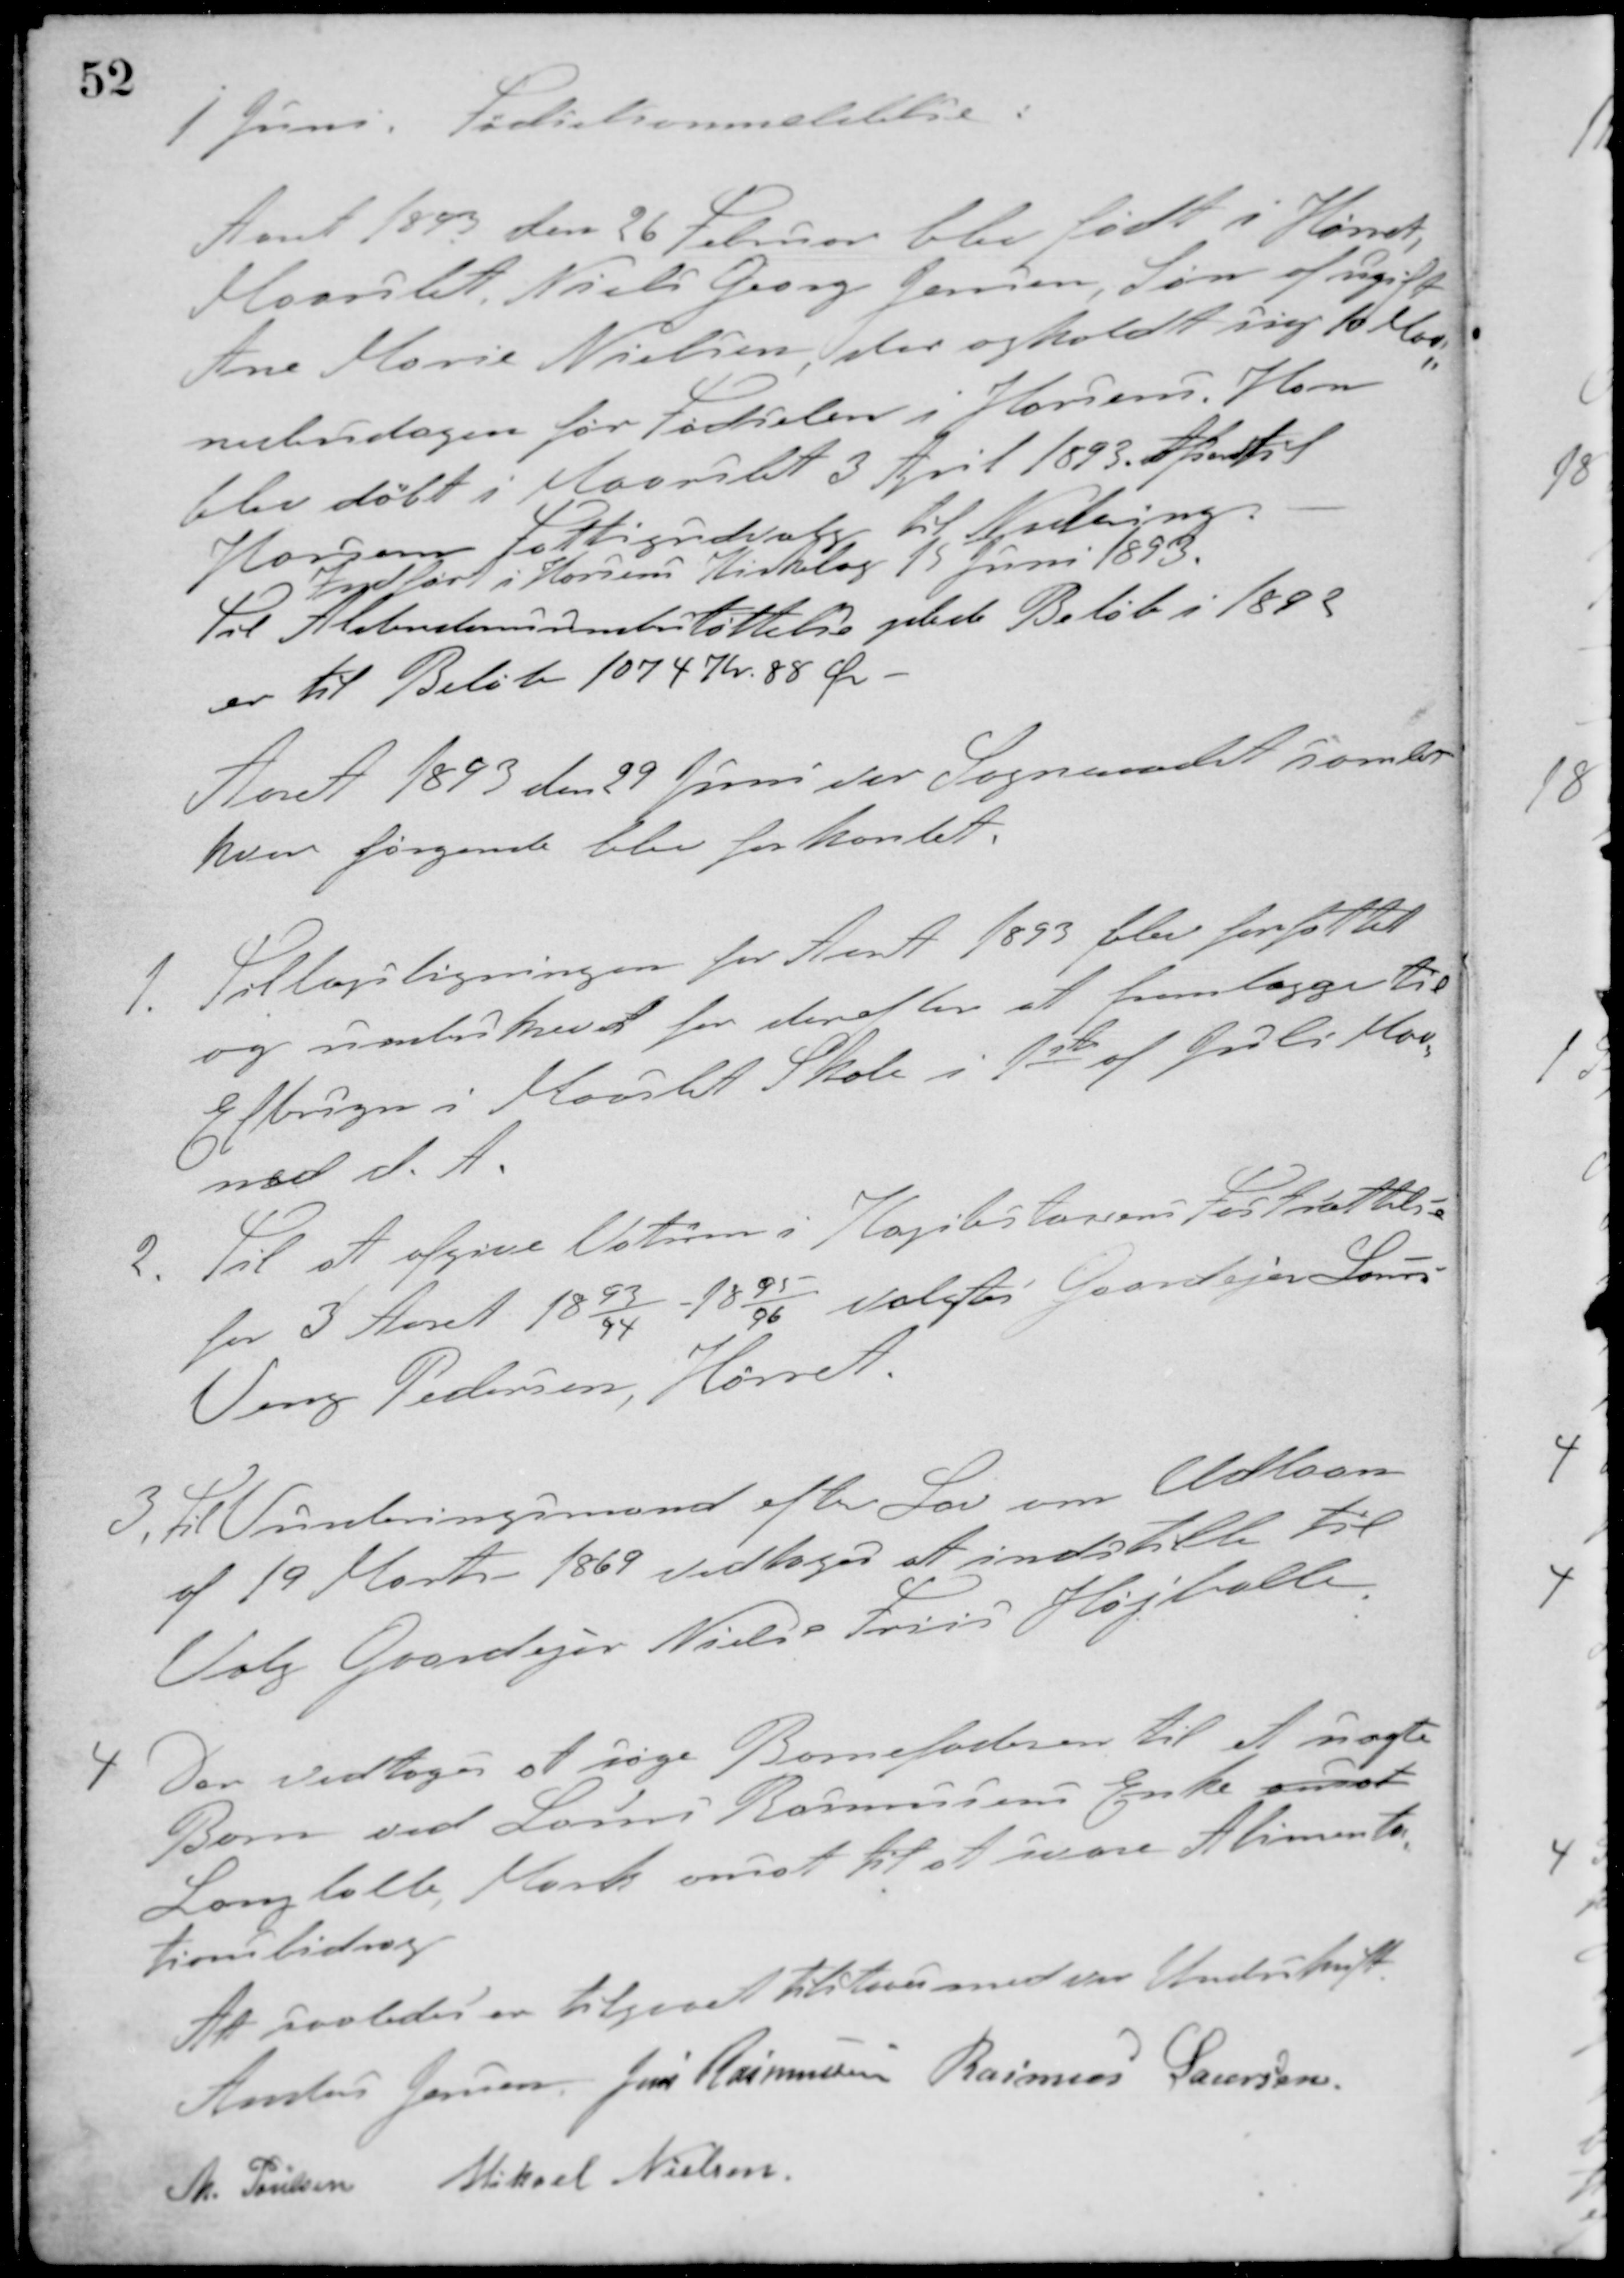
Transskription:
1 Juni. Fødselmedelelse.
Aaret 1893 den 26 Februar blev født i Hørret,
Maarslet Niels Georg Jensen, Søn af ugifte
Ane Marie Nielsen, der opholdt sig 10 Maa-
nedersdagen før Fødselen i Horsens. Han
blev døbt i Maarslet 3 April 1893. Afsendt til
Horsens Fattigudvalg til Nedering.
Indført i Horsens Kirkebog 19 Juni 1893.
Til Alderdomsunderstøttelse ydede Beløb i 1892
er til Beløb 1074 Kr. 88 Øre.
Aaret 1893 den 29 Juni var Sogneraadet samlet
hvor følgende blev forhandlet.
1. Tillægsligningen for Aaret 1893 blev forfattet
og underskrevet for derefter at fremlægges til
Eftersyn i Maarslet Skole i 1ste af Juli Maa-
ned d. A.
2.
Til at afgive Votum i Kapitelstakstens Fastsættelse
for 3 Aaret 1893/94 - 1895/96 valgtes Gaardejer Laurs
Veng Pedersen, Hørret
3. Til Vurderingsmand efter Lov om Udlaan
af 19 Marts 1869 vedtoges at indstille til
Valg Gaardejer Niels Friis, Højballe.
4 Der vedtoges at søge Barnefaderen til et uægte
Barn ved Laurs Ramusens Enke ansat
Langballe Mark ansat til at svare Alimenta-
tionsbidrag
At saaledes er tilgaaet tilstaaes med vor Underskrift
Anders Jensen Jens Rasmussen Rasmus Laursen
M. Poulsen Mikael Nielsen